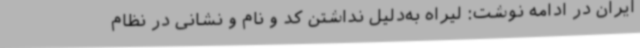
ایران در ادامه نوشت: لیراه به‌دلیل نداشتن کد و نام و نشانی در نظام